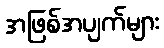
အဖြစ်အပျက်များ